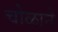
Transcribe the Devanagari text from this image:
चोळाने